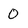
Character: 0